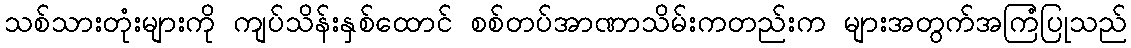
သစ်သားတုံးများကို ကျပ်သိန်းနှစ်ထောင် စစ်တပ်အာဏာသိမ်းကတည်းက များအတွက်အကြံပြုသည်